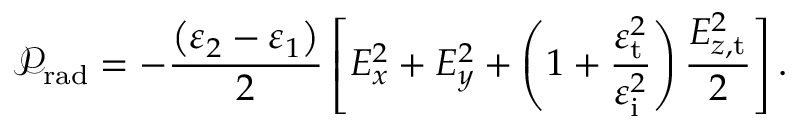
\mathcal { P } _ { \mathrm { r a d } } = - \frac { \left( \varepsilon _ { 2 } - \varepsilon _ { 1 } \right) } { 2 } \left[ E _ { x } ^ { 2 } + E _ { y } ^ { 2 } + \left( 1 + \frac { \varepsilon _ { \mathrm { t } } ^ { 2 } } { \varepsilon _ { \mathrm { i } } ^ { 2 } } \right) \frac { E _ { z , \mathrm { t } } ^ { 2 } } { 2 } \right] .